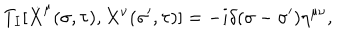
T _ { I } [ \dot { X } ^ { \mu } ( \sigma , \tau ) , X ^ { \nu } ( \sigma ^ { \prime } , \tau ) ] = - i \delta ( \sigma - \sigma ^ { \prime } ) \eta ^ { \mu \nu } ,